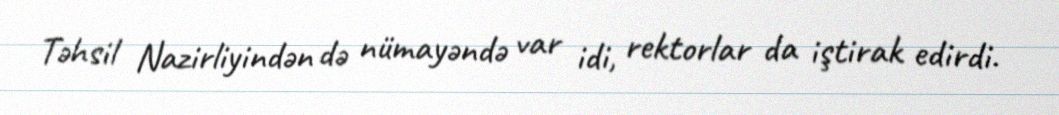
Təhsil Nazirliyindən də nümayəndə var idi, rektorlar da iştirak edirdi.